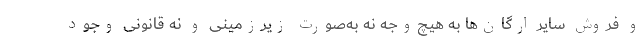
و فروش سایر ارگان‌ها به هیچ‌وجه نه به‌صورت زیرزمینی و نه قانونی وجود